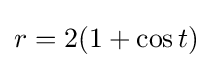
r=2(1+\cos t)